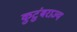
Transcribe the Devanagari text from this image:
कुटुंबराज्य